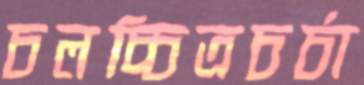
চলচ্চিত্রচর্চা